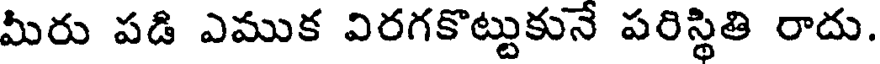
మీరు పడి ఎముక విరగకొట్టుకునే పరిస్థితి రాదు.